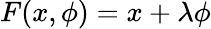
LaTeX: F(x,\phi)=x+\lambda\phi